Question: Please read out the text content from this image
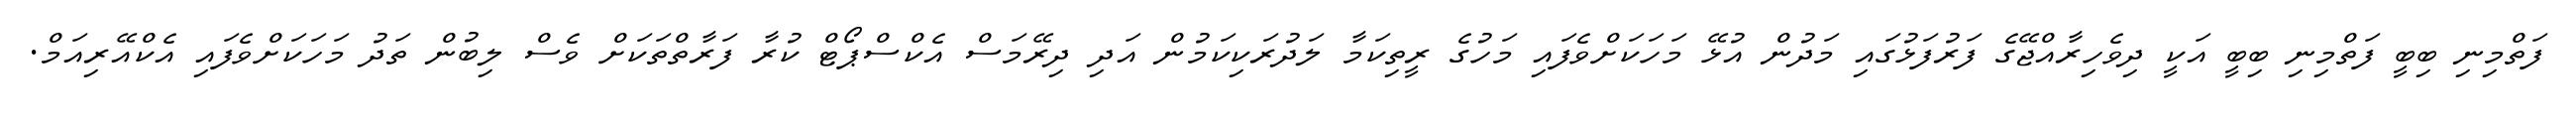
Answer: ފަތްމިނި ބިބީ ފަތްމިނި ބިބީ އަކީ ދިވެހިރާއްޖޭގެ ފަރުފަޅުގައި މަދުން އުޅޭ މަހަކަށްވެފައި މަހުގެ ރީތިކަމާ ލަދުރަކިކަމުން އަދި ދިރޭމަސް އެކްސްޕޯޓް ކުރާ ފަރާތްތަކަށް ވެސް ލިބުން ތަދު މަހަކަށްވެފައި އެކްއޭރިއަމް.